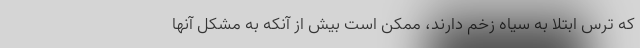
که ترس ابتلا به سیاه زخم دارند، ممکن است بیش از آنکه به مشکل آنها